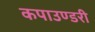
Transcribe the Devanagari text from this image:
कपाउण्डरी